NAE_kihelkonnakohtute_kirjad_ja_protokollid_1869-1889, lk 3
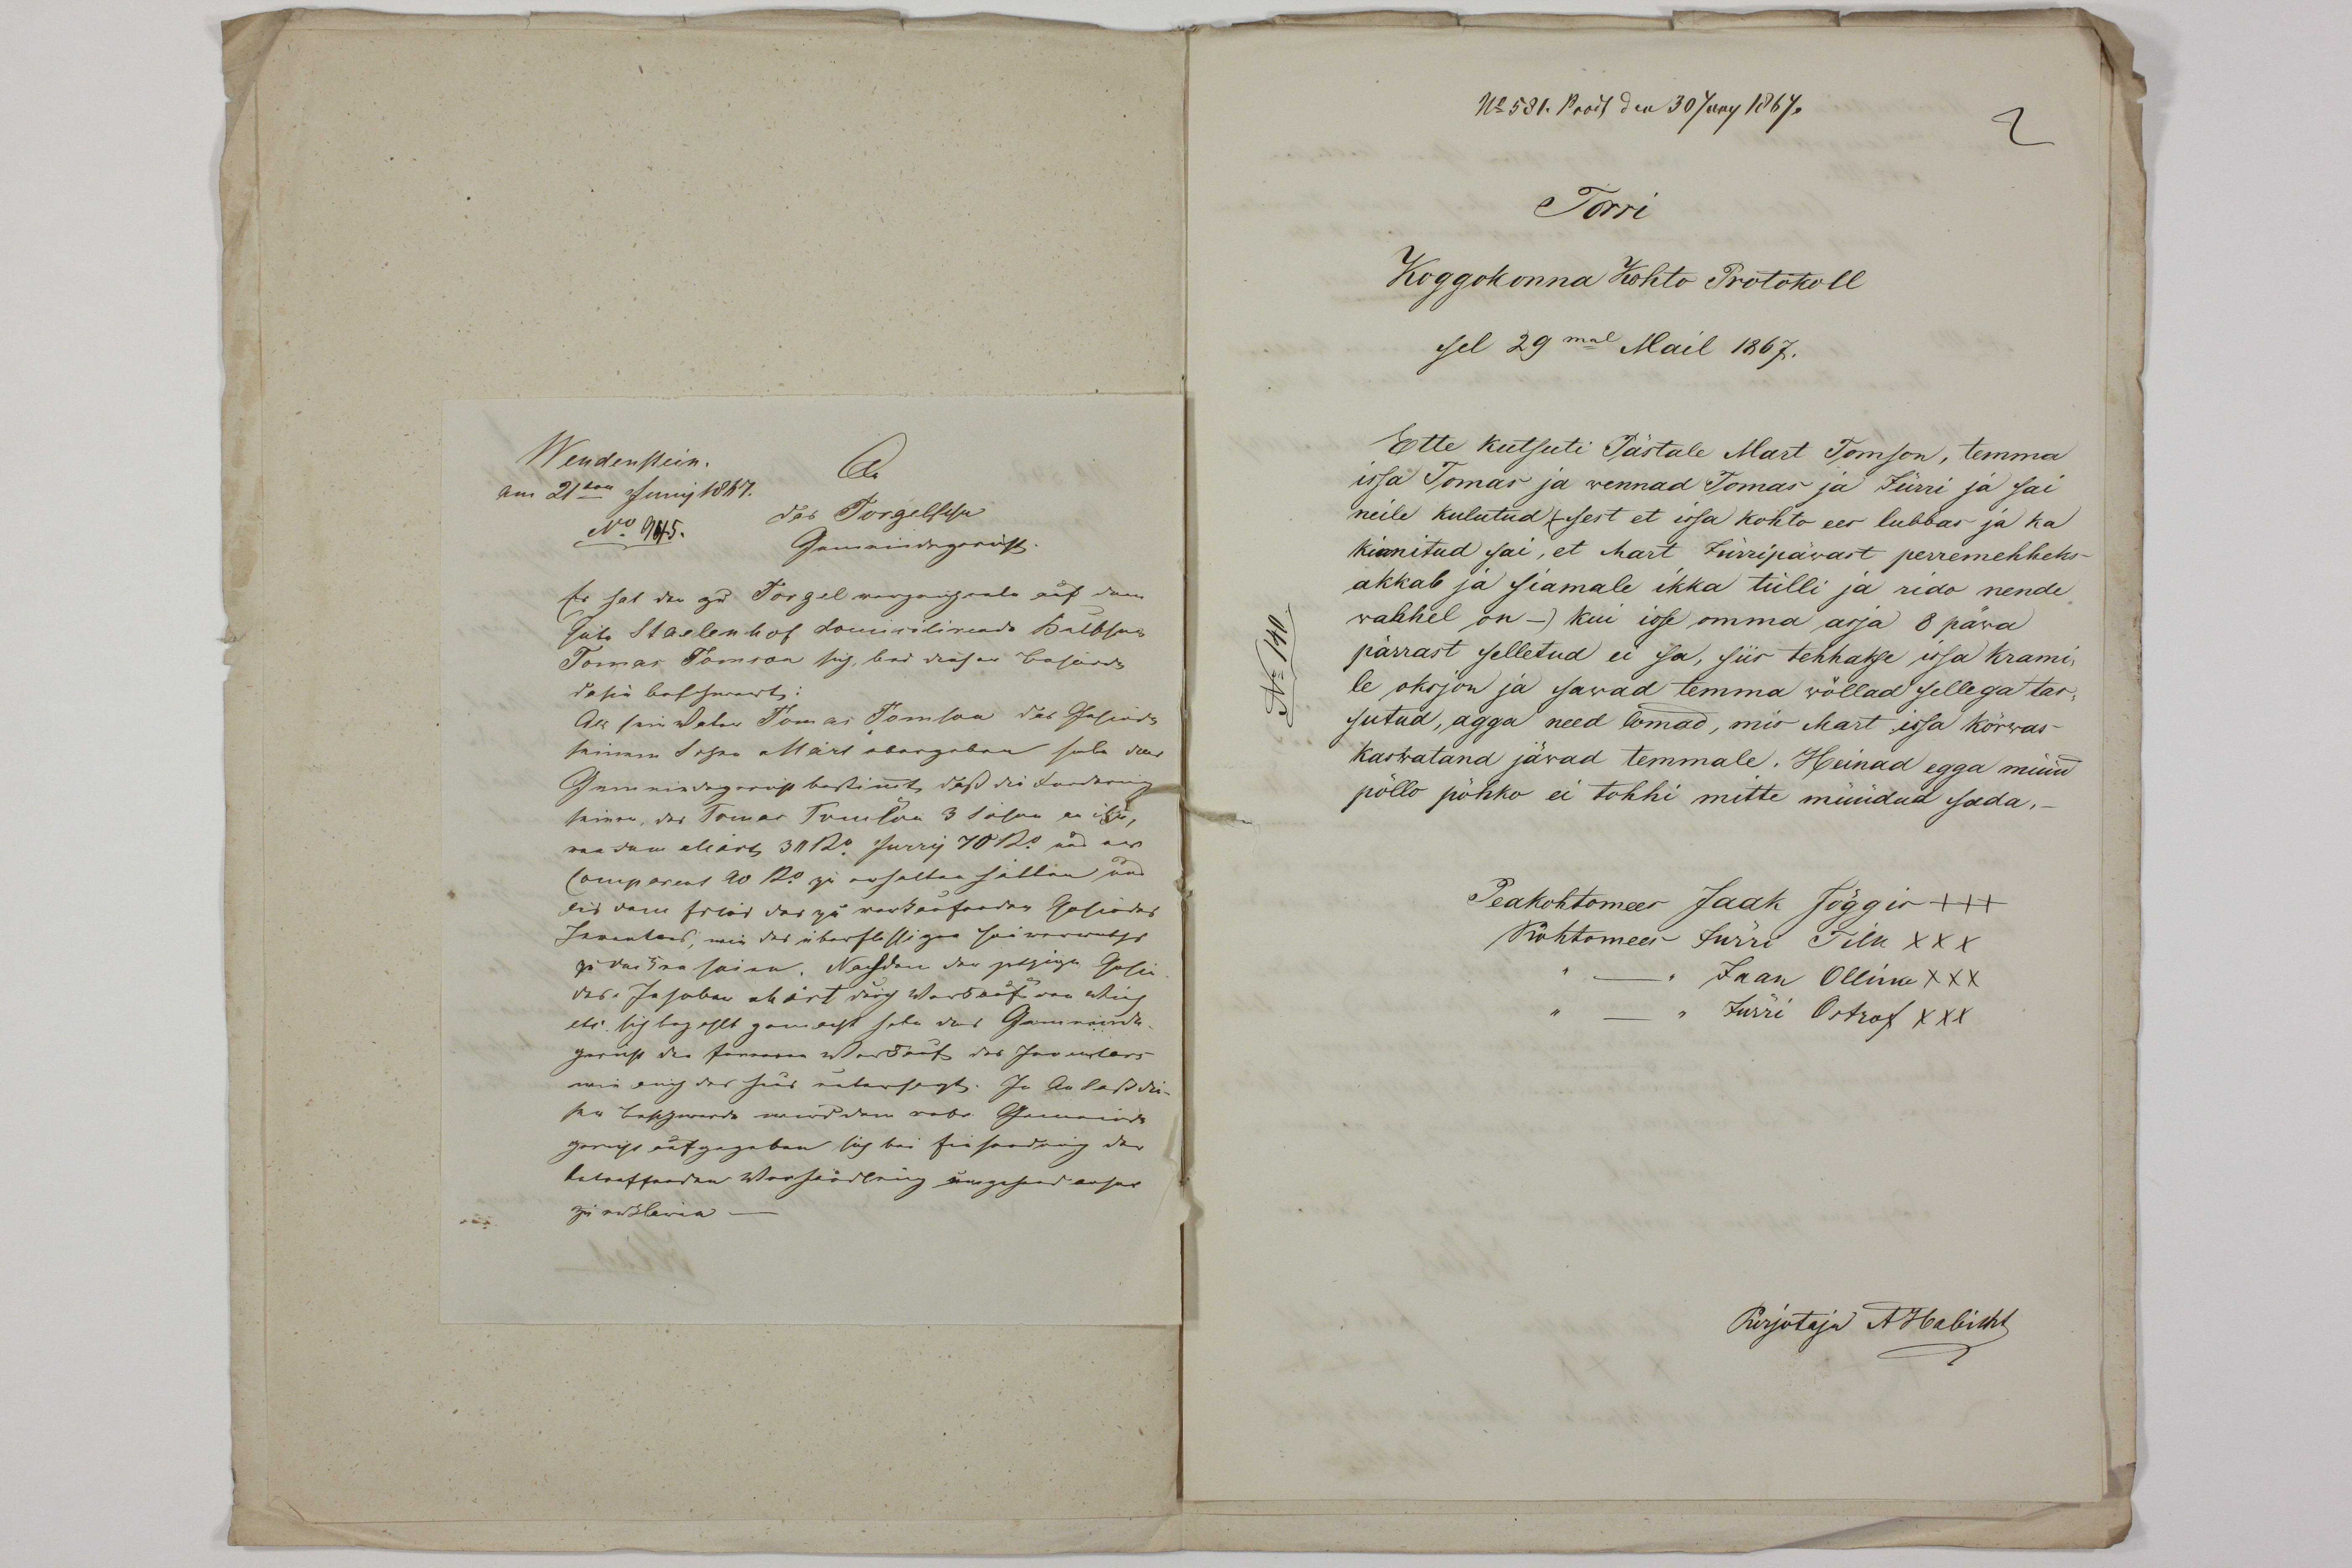
Torri
Koggokonna Kohto Protokoll
sel 29mal Mail 1867.
Ette kutsuti Pästale Mart Tomson, temma
issa Tomas ja wennad Tomas ja Jürri ja sai
neile kulutud /sest et issa kohto ees lubbas ja ka
kinnitud sai, et Mart Jürripäwast perremehheks
akkab ja siamale ikka tülli ja rido nende
wahhel on -) kui isse omma arja 8 päwa
pärrast selletud ei sa, siis tehhakse issa krami-
le oksjon ja savad temma wõllad sellega tas-
sutud, agga need lomad, mis Mart issa kõrwas
kaswatand jäwad temmale. Heinad egga muid
põllo põhko ei tohhi mitte müüdud sada.